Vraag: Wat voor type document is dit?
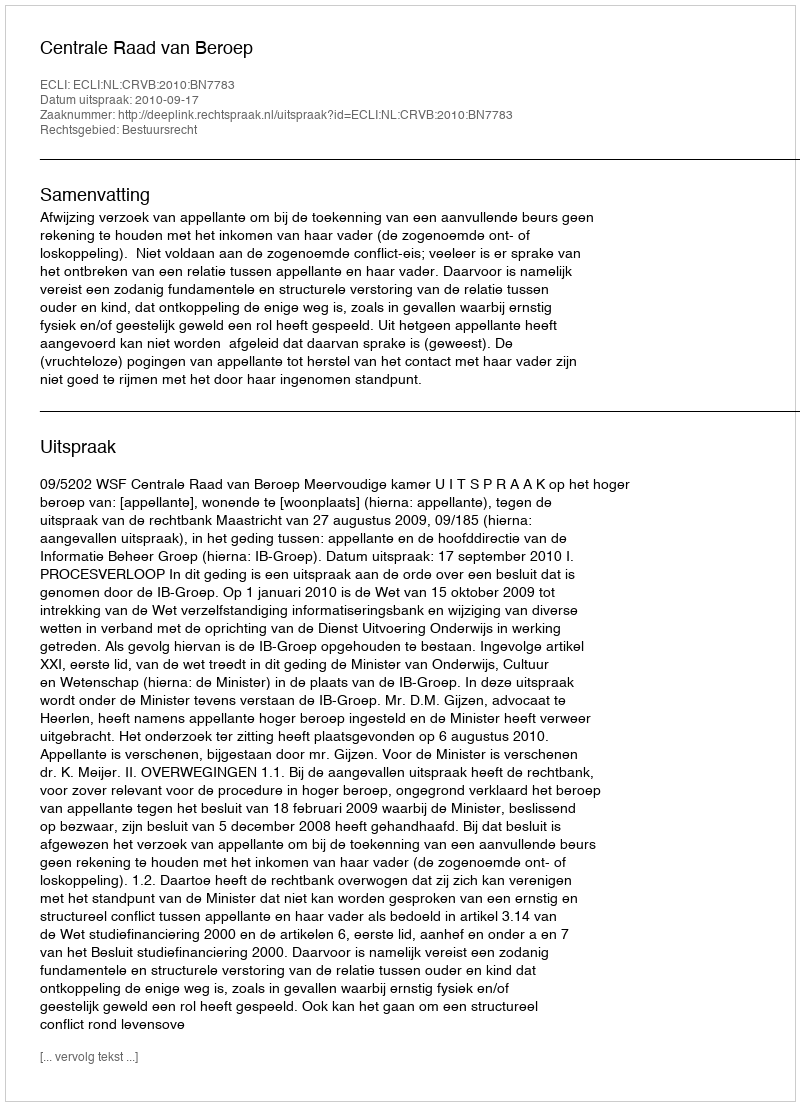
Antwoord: Uitspraak